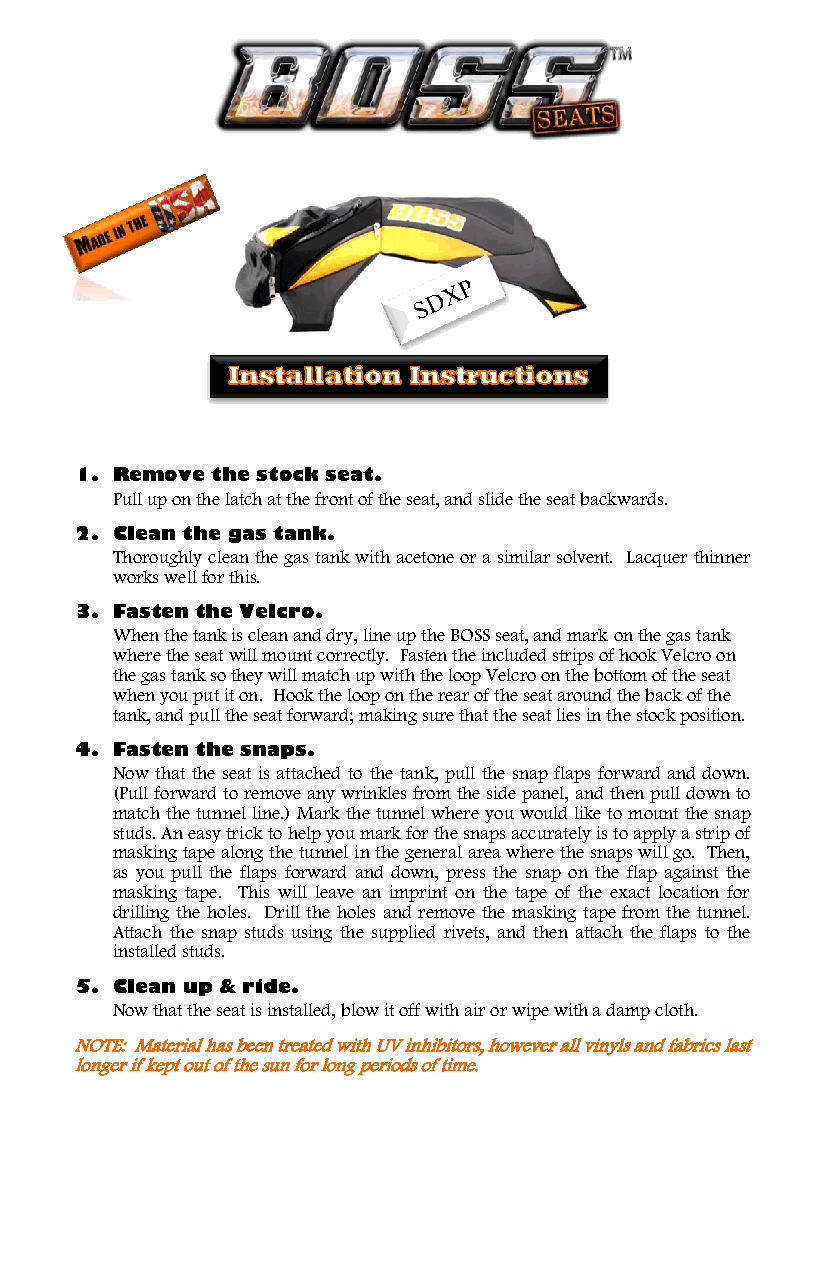

 
 
 
 
 
 
 
 
 
 
 
 
 1. Remove the stock seat.
 Pull up on the latch at the front of the seat, and slide the seat backwards.
 2. Clean the gas tank.
 Thoroughly clean the gas tank with acetone or a similar solvent. Lacquer thinner
 works well for this.
 3. Fasten the Velcro.
 When the tank is clean and dry, line up the BOSS seat, and mark on the gas tank
 where the seat will mount correctly. Fasten the included strips of hook Velcro on
 the gas tank so they will match up with the loop Velcro on the bottom of the seat
 when you put it on. Hook the loop on the rear of the seat around the back of the
 tank, and pull the seat forward; making sure that the seat lies in the stock position.
 4. Fasten the snaps.
 Now that the seat is attached to the tank, pull the snap flaps forward and down.
 (Pull forward to remove any wrinkles from the side panel, and then pull down to
 match the tunnel line.) Mark the tunnel where you would like to mount the snap
 studs. An easy trick to help you mark for the snaps accurately is to apply a strip of
 masking tape along the tunnel in the general area where the snaps will go. Then,
 as you pull the flaps forward and down, press the snap on the flap against the
 masking tape. This will leave an imprint on the tape of the exact location for
 drilling the holes. Drill the holes and remove the masking tape from the tunnel.
 Attach the snap studs using the supplied rivets, and then attach the flaps to the
 installed studs.
 5. Clean up & ride.
 Now that the seat is installed, blow it off with air or wipe with a damp cloth.
 NOTE: Material has been treated with UV inhibitors, however all vinyls and fabrics last
 longer if kept out of the sun for long periods of time.
 
 
 